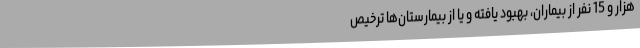
هزار و 15 نفر از بیماران، بهبود یافته و یا از بیمارستان‌ها ترخیص